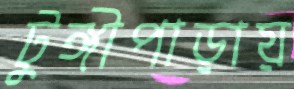
টুঙ্গীপাড়ায়